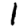
Digit: 1